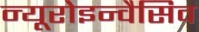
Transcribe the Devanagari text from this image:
न्यूरोइन्वैसिव